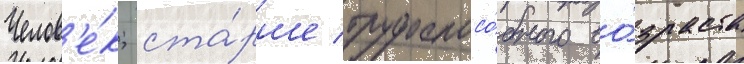
Челов'е́к; ста́рше трудоспосо́бного во́зраста